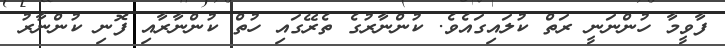
ފާވީމާ ހުންނަނީ ރަތް ކުލައިގައެވެ. ކުންނާރުގެ ތެރޭގައި ހުތް ކުންނާރާއި ފޮނި ކުންނާރު